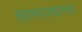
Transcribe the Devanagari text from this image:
शहानवाजखानाचा